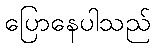
ပြောနေပါသည်